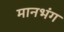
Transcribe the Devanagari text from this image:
मानभंग